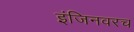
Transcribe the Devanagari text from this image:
इंजिनवरच